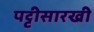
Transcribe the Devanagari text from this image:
पट्टीसारखी